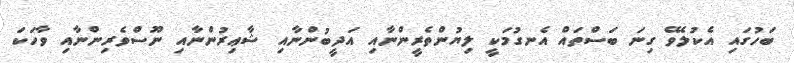
ބަހުގައި އެކުލެވޭ ގިނަ ބަސްތައް އެނގުމަކީ ލިޔުންތެރީންނާއި އަދީބުންނާއި ޝާޢިރުންނާއި ނޫސްވެރިންނާއި ވާހަކަ